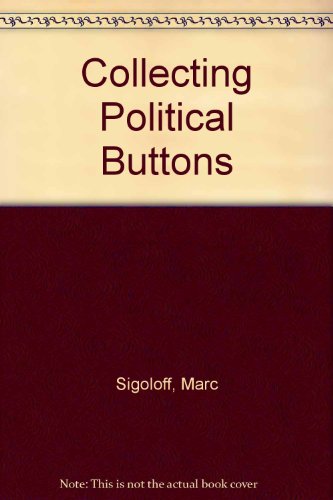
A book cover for Collecting Political Buttons; Marc Sigoloff; Crafts, Hobbies & Home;